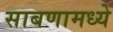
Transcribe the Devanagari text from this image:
साबणामध्ये